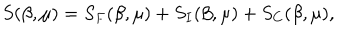
LaTeX: S ( \beta , \mu ) = S _ { F } ( \beta , \mu ) + S _ { I } ( \beta , \mu ) + S _ { C } ( \beta , \mu ) ,